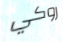
روكي